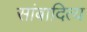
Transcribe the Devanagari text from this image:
सांबादित्य